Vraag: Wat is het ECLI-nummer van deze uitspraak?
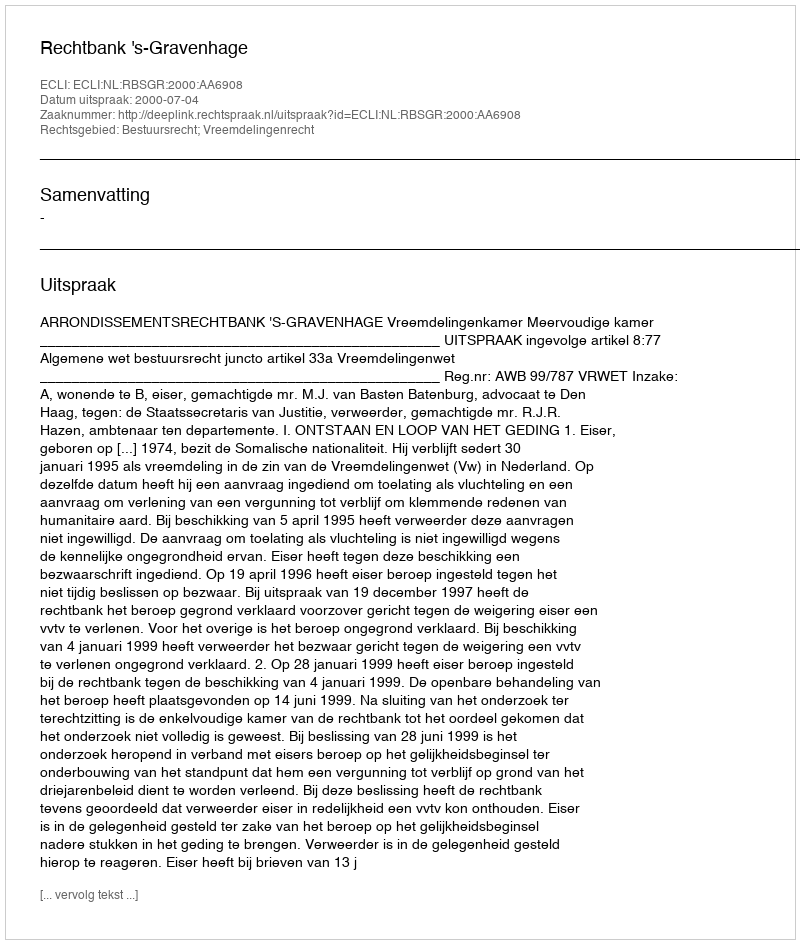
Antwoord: ECLI:NL:RBSGR:2000:AA6908